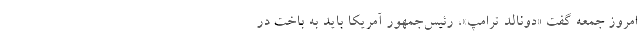
امروز جمعه گفت «دونالد ترامپ»، رئیس‌جمهور آمریکا باید به باخت در